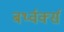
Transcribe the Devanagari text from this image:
बर्थ्वर्क्स